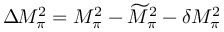
\Delta \! M _ { \pi } ^ { 2 } = M _ { \pi } ^ { 2 } - \widetilde { M } _ { \pi } ^ { 2 } - \delta M _ { \pi } ^ { 2 }